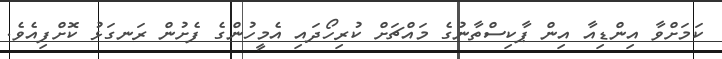
ކަމަށްވާ އިންޑިއާ އިން ޕާކިސްތާނުގެ މައްޗަށް ކުރިހޯދައި އެމީހުންގެ ފެށުން ރަނގަޅު ކޮށްފިއެވެ.